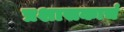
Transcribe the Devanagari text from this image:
प्रशासकाचं